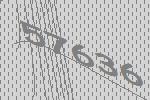
57636